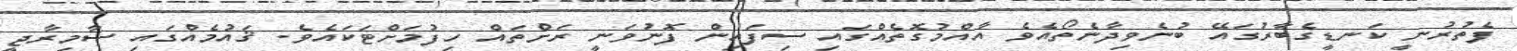
ފެތުރުނީ ކަނޑީގެބާރުގައޭ ބުނެވިދާނެތޯއެވެ އާއްމުގޮތެއްގައި ސިފައިން ފޮނުވަނީ ރަށްތައް ހިފުމަށްޓަކައެވެ. ޤައުމެއްގައި ސާމިރާޖީ